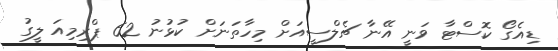
ޑިއެގޯ ކޮސްޓާ ވަނީ އޭނާ ޗެލްސީއަށް މިހާތަނަށް ކުޅުނު 62 ޕްރިމިއަ ލީގު